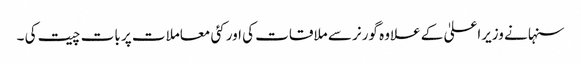
سنہا نے وزیراعلیٰ کے علاوہ گورنر سے ملاقات کی اور کئی معاملات پر بات چیت کی ۔